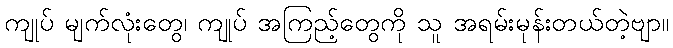
ကျုပ် မျက်လုံးတွေ၊ ကျုပ် အကြည့်တွေကို သူ အရမ်းမုန်းတယ်တဲ့ဗျာ။